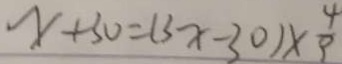
x + 3 0 = ( 3 x - 3 0 ) \times \frac { 4 } { 9 }